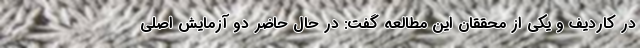
در کاردیف و یکی از محققان این مطالعه گفت: در حال حاضر دو آزمایش اصلی